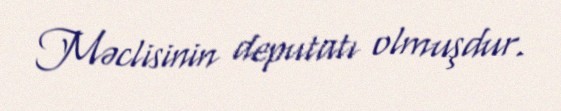
Məclisinin deputatı olmuşdur.